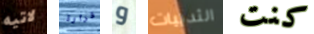
لاتيه قرارة و الثدييات كنت